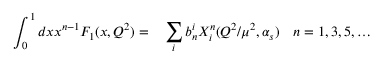
\int _ { 0 } ^ { 1 } d x x ^ { n - 1 } F _ { 1 } ( x , Q ^ { 2 } ) = \phantom { - } \sum _ { i } b _ { n } ^ { i } X _ { i } ^ { n } ( Q ^ { 2 } / \mu ^ { 2 } , \alpha _ { s } ) \quad n = 1 , 3 , 5 , \ldots